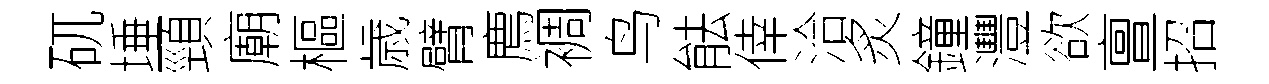
矹埵頸廟樞歳臂廌裯鸟䏻倖洽炙鐘灃欲亶招